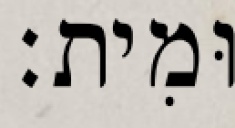
וּמִית׃